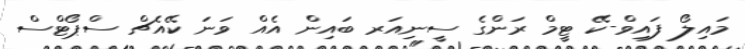
މައިލޯ ފައިވް-ކޭ ޓީމް ރަންގެ ސީނިއަރ ބައިން އެއް ވަނަ ކޭއެޗް ސްޕޯޓްސް